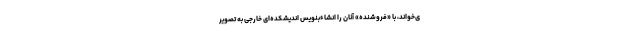
ی‌خواند، با «فروشنده» آنان را انشاءبنویس اندیشکده‌ای خارجی به تصویر